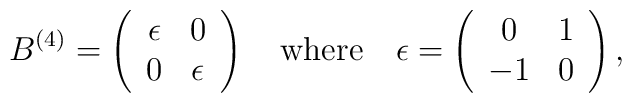
B^{(4)}=\left(\begin{array}{cc} \epsilon &0 \\ 0&\epsilon\end{array}\right)\quad \mbox{where} \quad\epsilon=\left(\begin{array}{cc} 0 & 1 \\ -1 &0\end{array}\right),